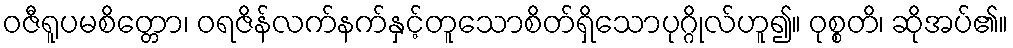
ဝဇီရူပမစိတ္တော၊ ဝရဇိန်လက်နက်နှင့်တူသောစိတ်ရှိသောပုဂ္ဂိုလ်ဟူ၍။ ဝုစ္စတိ၊ ဆိုအပ်၏။